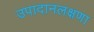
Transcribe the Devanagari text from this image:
उपादानलक्षणा